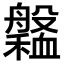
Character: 𦪹